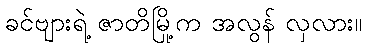
ခင်ဗျားရဲ့ ဇာတိမြို့က အလွန် လှလား။